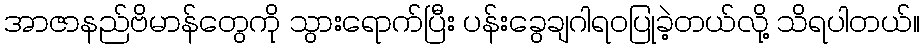
အာဇာနည်ဗိမာန်တွေကို သွားရောက်ပြီး ပန်းခွေချဂါရဝပြုခဲ့တယ်လို့ သိရပါတယ်။